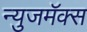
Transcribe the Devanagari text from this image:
न्युजमॅक्स